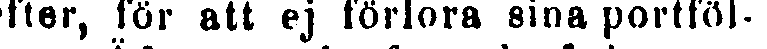
fter, för att ej förlora sina portföl-